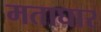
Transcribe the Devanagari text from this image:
मताघार